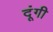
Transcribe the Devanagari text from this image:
दूंगी